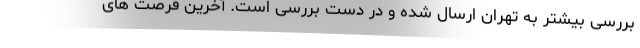
بررسی بیشتر به تهران ارسال شده و در دست بررسی است. آخرین فرصت های